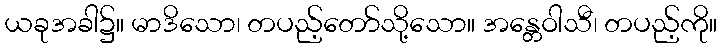
ယခုအခါ၌။ မာဒိသော၊ တပည့်တော်သို့သော။ အန္တေဝါသီ၊ တပည့်ကို။